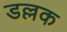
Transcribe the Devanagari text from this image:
डल्लक